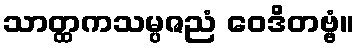
သာတ္ထကသမ္ပဇညံ ဝေဒိတဗ္ဗံ။